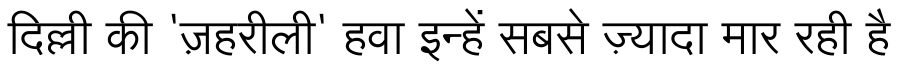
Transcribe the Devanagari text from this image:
दिल्ली की 'ज़हरीली' हवा इन्हें सबसे ज़्यादा मार रही है